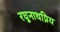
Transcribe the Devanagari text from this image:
रघुनाथप्रिय